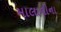
માલાવીના